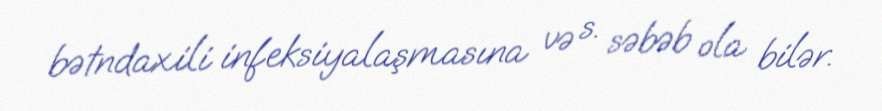
bətndaxili infeksiyalaşmasına və s. səbəb ola bilər.